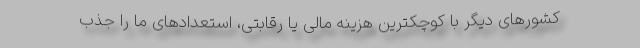
كشورهای دیگر با كوچكترین هزینه مالی یا رقابتی، استعدادهای ما را جذب